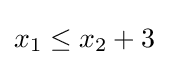
{\textstyle x_{1}\leq x_{2}+3}